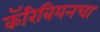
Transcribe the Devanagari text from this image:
कॅरिबियनचा